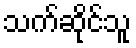
သက်ဆိုင်သူ